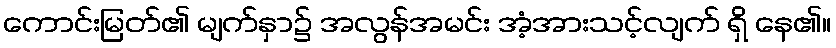
ကောင်းမြတ်၏ မျက်နှာ၌ အလွန်အမင်း အံ့အားသင့်လျက် ရှိ နေ၏။